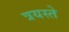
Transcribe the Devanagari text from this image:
त्रयस्ते